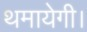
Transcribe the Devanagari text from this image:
थमायेगी।